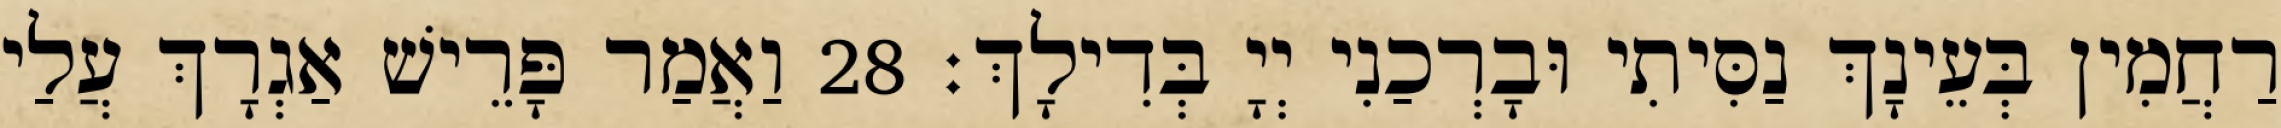
רַחֲמִין בְּעֵינָךְ נַסִּיתִי וּבָרְכַנִי יְיָ בְּדִילָךְ׃ 28 וַאֲמַר פָּרֵישׁ אַגְרָךְ עֲלַי